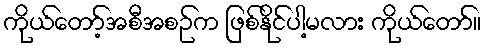
ကိုယ်တော့်အစီအစဉ်က ဖြစ်နိုင်ပါ့မလား ကိုယ်တော်။